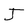
Character: J